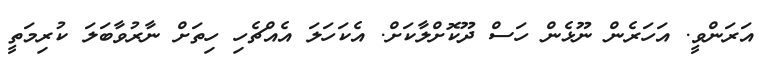
އަރަންވީ. އަހަރެން ނޫޅެން ހަސް ދޫކޮށްލާކަށް. އެކަހަލަ އެއްޗެހި ހިތަށް ނާރުވާބަލަ ކުރިމަތީ